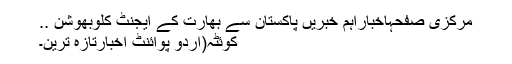
مرکزی صفحہاخباراہم خبریں پاکستان سے بھارت کے ایجنٹ کلوبھوشن ..
کوئٹہ(اُردو پوائنٹ اخبارتازہ ترین۔